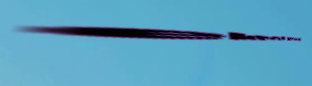
electronics